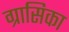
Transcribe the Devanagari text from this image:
ग्रासिका